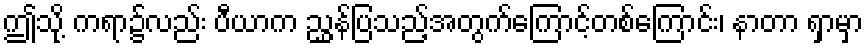
ဤသို့ ကရာ၌လည်း ပီယာက ညွှန်ပြသည့်အတွက်ကြောင့်တစ်ကြောင်း၊ နာတာ ရှာမှာ